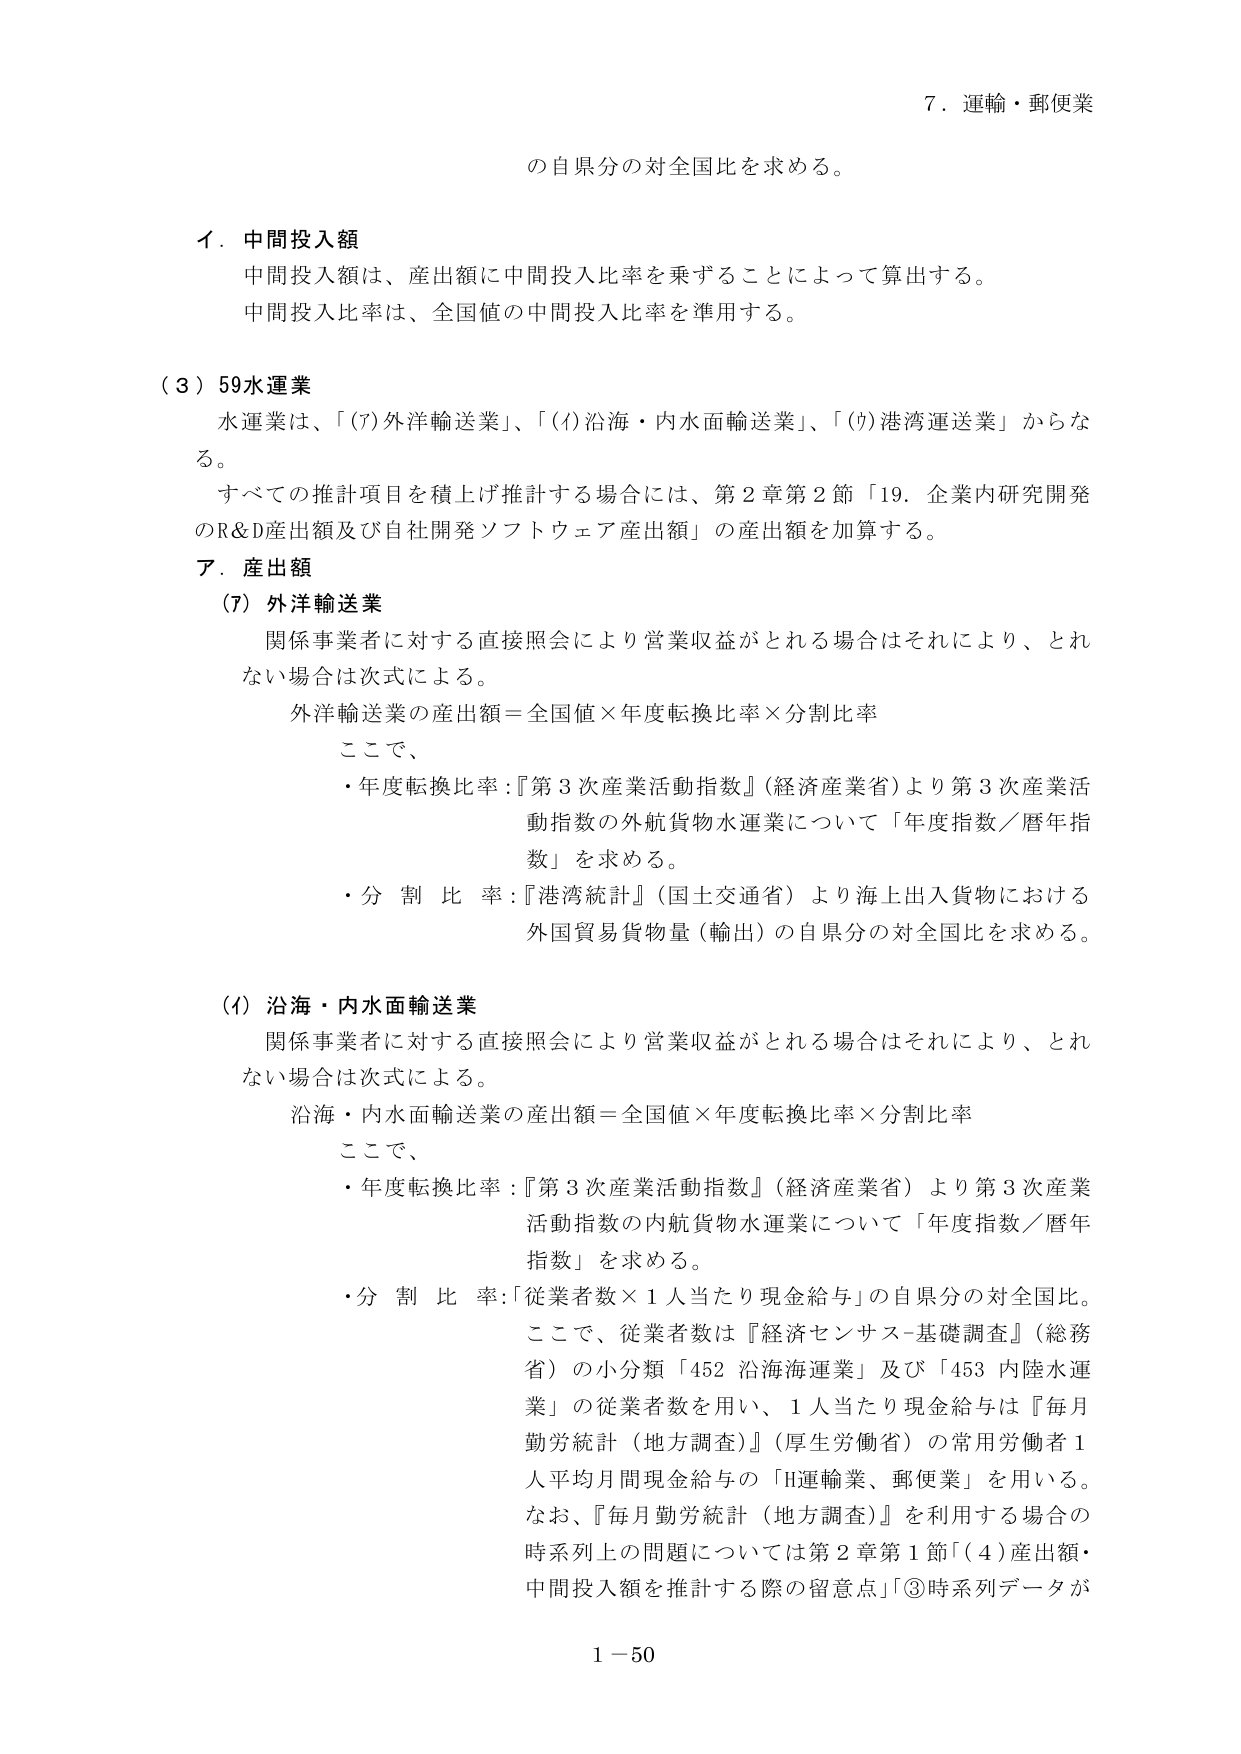
7．運輸・郵便業

の自県分の対全国比を求める。

イ．中間投入額
中間投入額は、産出額に中間投入比率を乗ずることによって算出する。
中間投入比率は、全国値の中間投入比率を準用する。

（３）59水運業
水運業は、「(7)外洋輸送業」、「(1)沿海・内水面輸送業」、「(9)港湾運送業」からなる。
すべての推計項目を積上げ推計する場合には、第2章第2節「19．企業内研究開発のR&D産出額及び自社開発ソフトウェア産出額」の産出額を加算する。

ア．産出額
(7) 外洋輸送業
関係事業者に対する直接照会により営業収益がとれる場合はそれにより、とれない場合は次式による。
外洋輸送業の産出額＝全国値×年度転換比率×分割比率
ここで、
・年度転換比率：『第3次産業活動指数』（経済産業省）より第3次産業活動指数の外航貨物水運業について「年度指数／暦年指数」を求める。
・分割比率：『港湾統計』（国土交通省）より海上出入貨物における外国貿易貨物量（輸出）の自県分の対全国比を求める。

(1) 沿海・内水面輸送業
関係事業者に対する直接照会により営業収益がとれる場合はそれにより、とれない場合は次式による。
沿海・内水面輸送業の産出額＝全国値×年度転換比率×分割比率
ここで、
・年度転換比率：『第3次産業活動指数』（経済産業省）より第3次産業活動指数の内航貨物水運業について「年度指数／暦年指数」を求める。
・分割比率：「従業者数×1人当たり現金給与」の自県分の対全国比。
ここで、従業者数は『経済センサス-基礎調査』（総務省）の小分類「452 沿海海運業」及び「453 内陸水運業」の従業者数を用い、1人当たり現金給与は『毎月勤労統計（地方調査）』（厚生労働省）の常用労働者1人平均月間現金給与の「H運輸業、郵便業」を用いる。
なお、『毎月勤労統計（地方調査）』を利用する場合の時系列上の問題については第2章第1節「(4)産出額・中間投入額を推計する際の留意点」③時系列データが

1－50